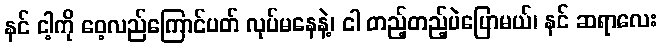
နင် ငါ့ကို ဝေ့လည်ကြောင်ပတ် လုပ်မနေနဲ့၊ ငါ တည့်တည့်ပဲပြောမယ်၊ နင် ဆရာလေး